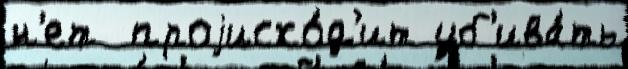
н'ет  проjисхо́д'ит уб'ива́ть